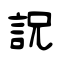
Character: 詋